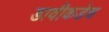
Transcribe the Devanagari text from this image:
डावीकडेच